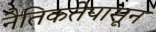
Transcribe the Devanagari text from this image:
नैतिकतेपासून